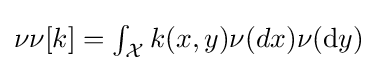
\textstyle \nu \nu [k]=\int _{\mathcal {X}}k(x,y)\nu (dx)\nu (\mathrm {d} y)